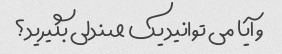
و آیا می توانید یک صندلی بگیرید؟